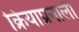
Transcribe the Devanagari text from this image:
क्रियाप्रनाली